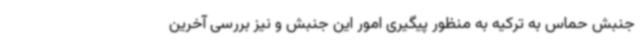
جنبش حماس به ترکیه به منظور پیگیری امور این جنبش و نیز بررسی آخرین